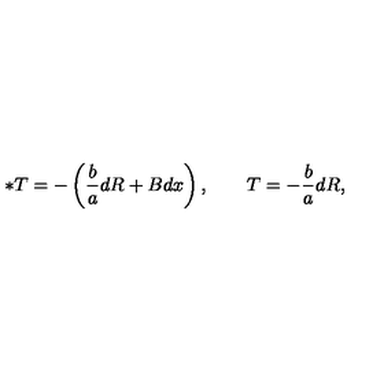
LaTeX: \ast T = - \left( { \frac { b } { a } } d R + B d x \right) , \qquad T = - { \frac { b } { a } } d R ,